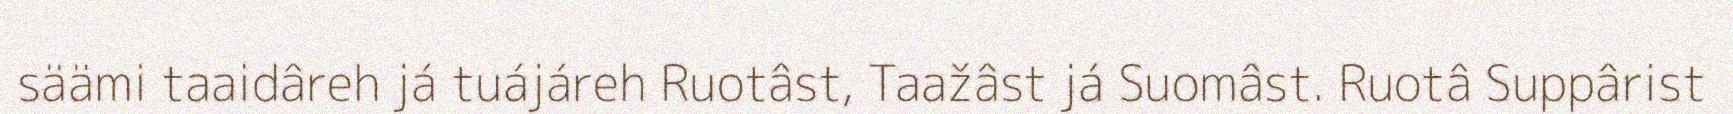
säämi taaidâreh já tuájáreh Ruotâst, Taažâst já Suomâst. Ruotâ Suppârist